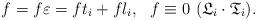
LaTeX: \begin{align*}f = f \varepsilon = f t_{i} + f l_{i},\ \ f \equiv 0\ (\mathfrak{L}_{i} \cdot \mathfrak{T}_{i}).\end{align*}